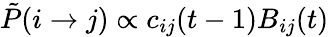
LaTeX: \tilde{P}(i\xrightarrow{}j)\propto c_{ij}(t-1)B_{ij}(t)